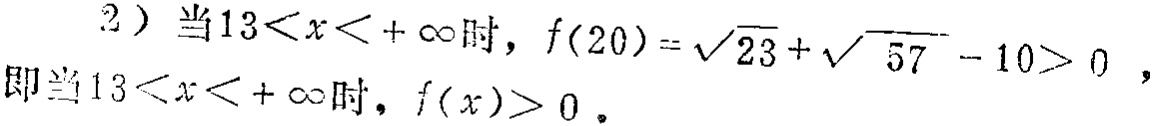
2）当\(13<x<+\infty\)时，\(f(20)=\sqrt{23}+\sqrt{57}-10>0\)，
即当\(13<x<+\infty\)时，\(f(x)>0\)。